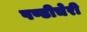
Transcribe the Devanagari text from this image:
पण्डीचेरी